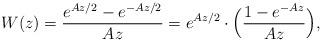
LaTeX: \begin{align*}W(z) = \frac{e^{Az/2} - e^{-Az/2}}{A z} = e^{Az/2} \cdot \Big( \frac{1-e^{-Az}}{Az} \Big), \end{align*}